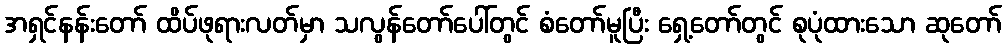
အရှင်နန်းတော် ထိပ်ဖုရားလတ်မှာ သလွန်တော်ပေါ်တွင် စံတော်မူပြီး ရှေ့တော်တွင် စုပုံထားသော ဆုတော်